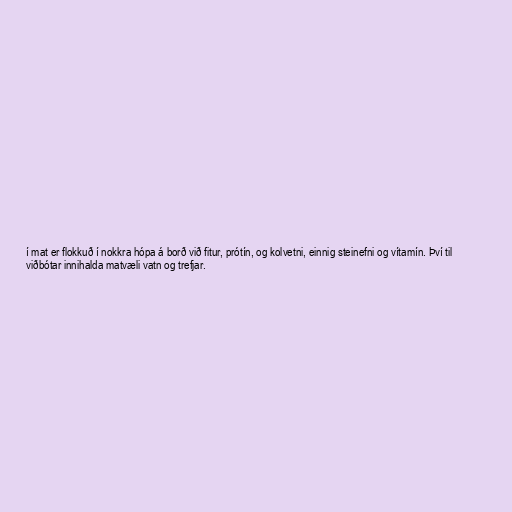
í mat er flokkuð í nokkra hópa á borð við fitur, prótín, og kolvetni, einnig steinefni og vítamín. Því til
viðbótar innihalda matvæli vatn og trefjar.